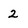
Character: 2